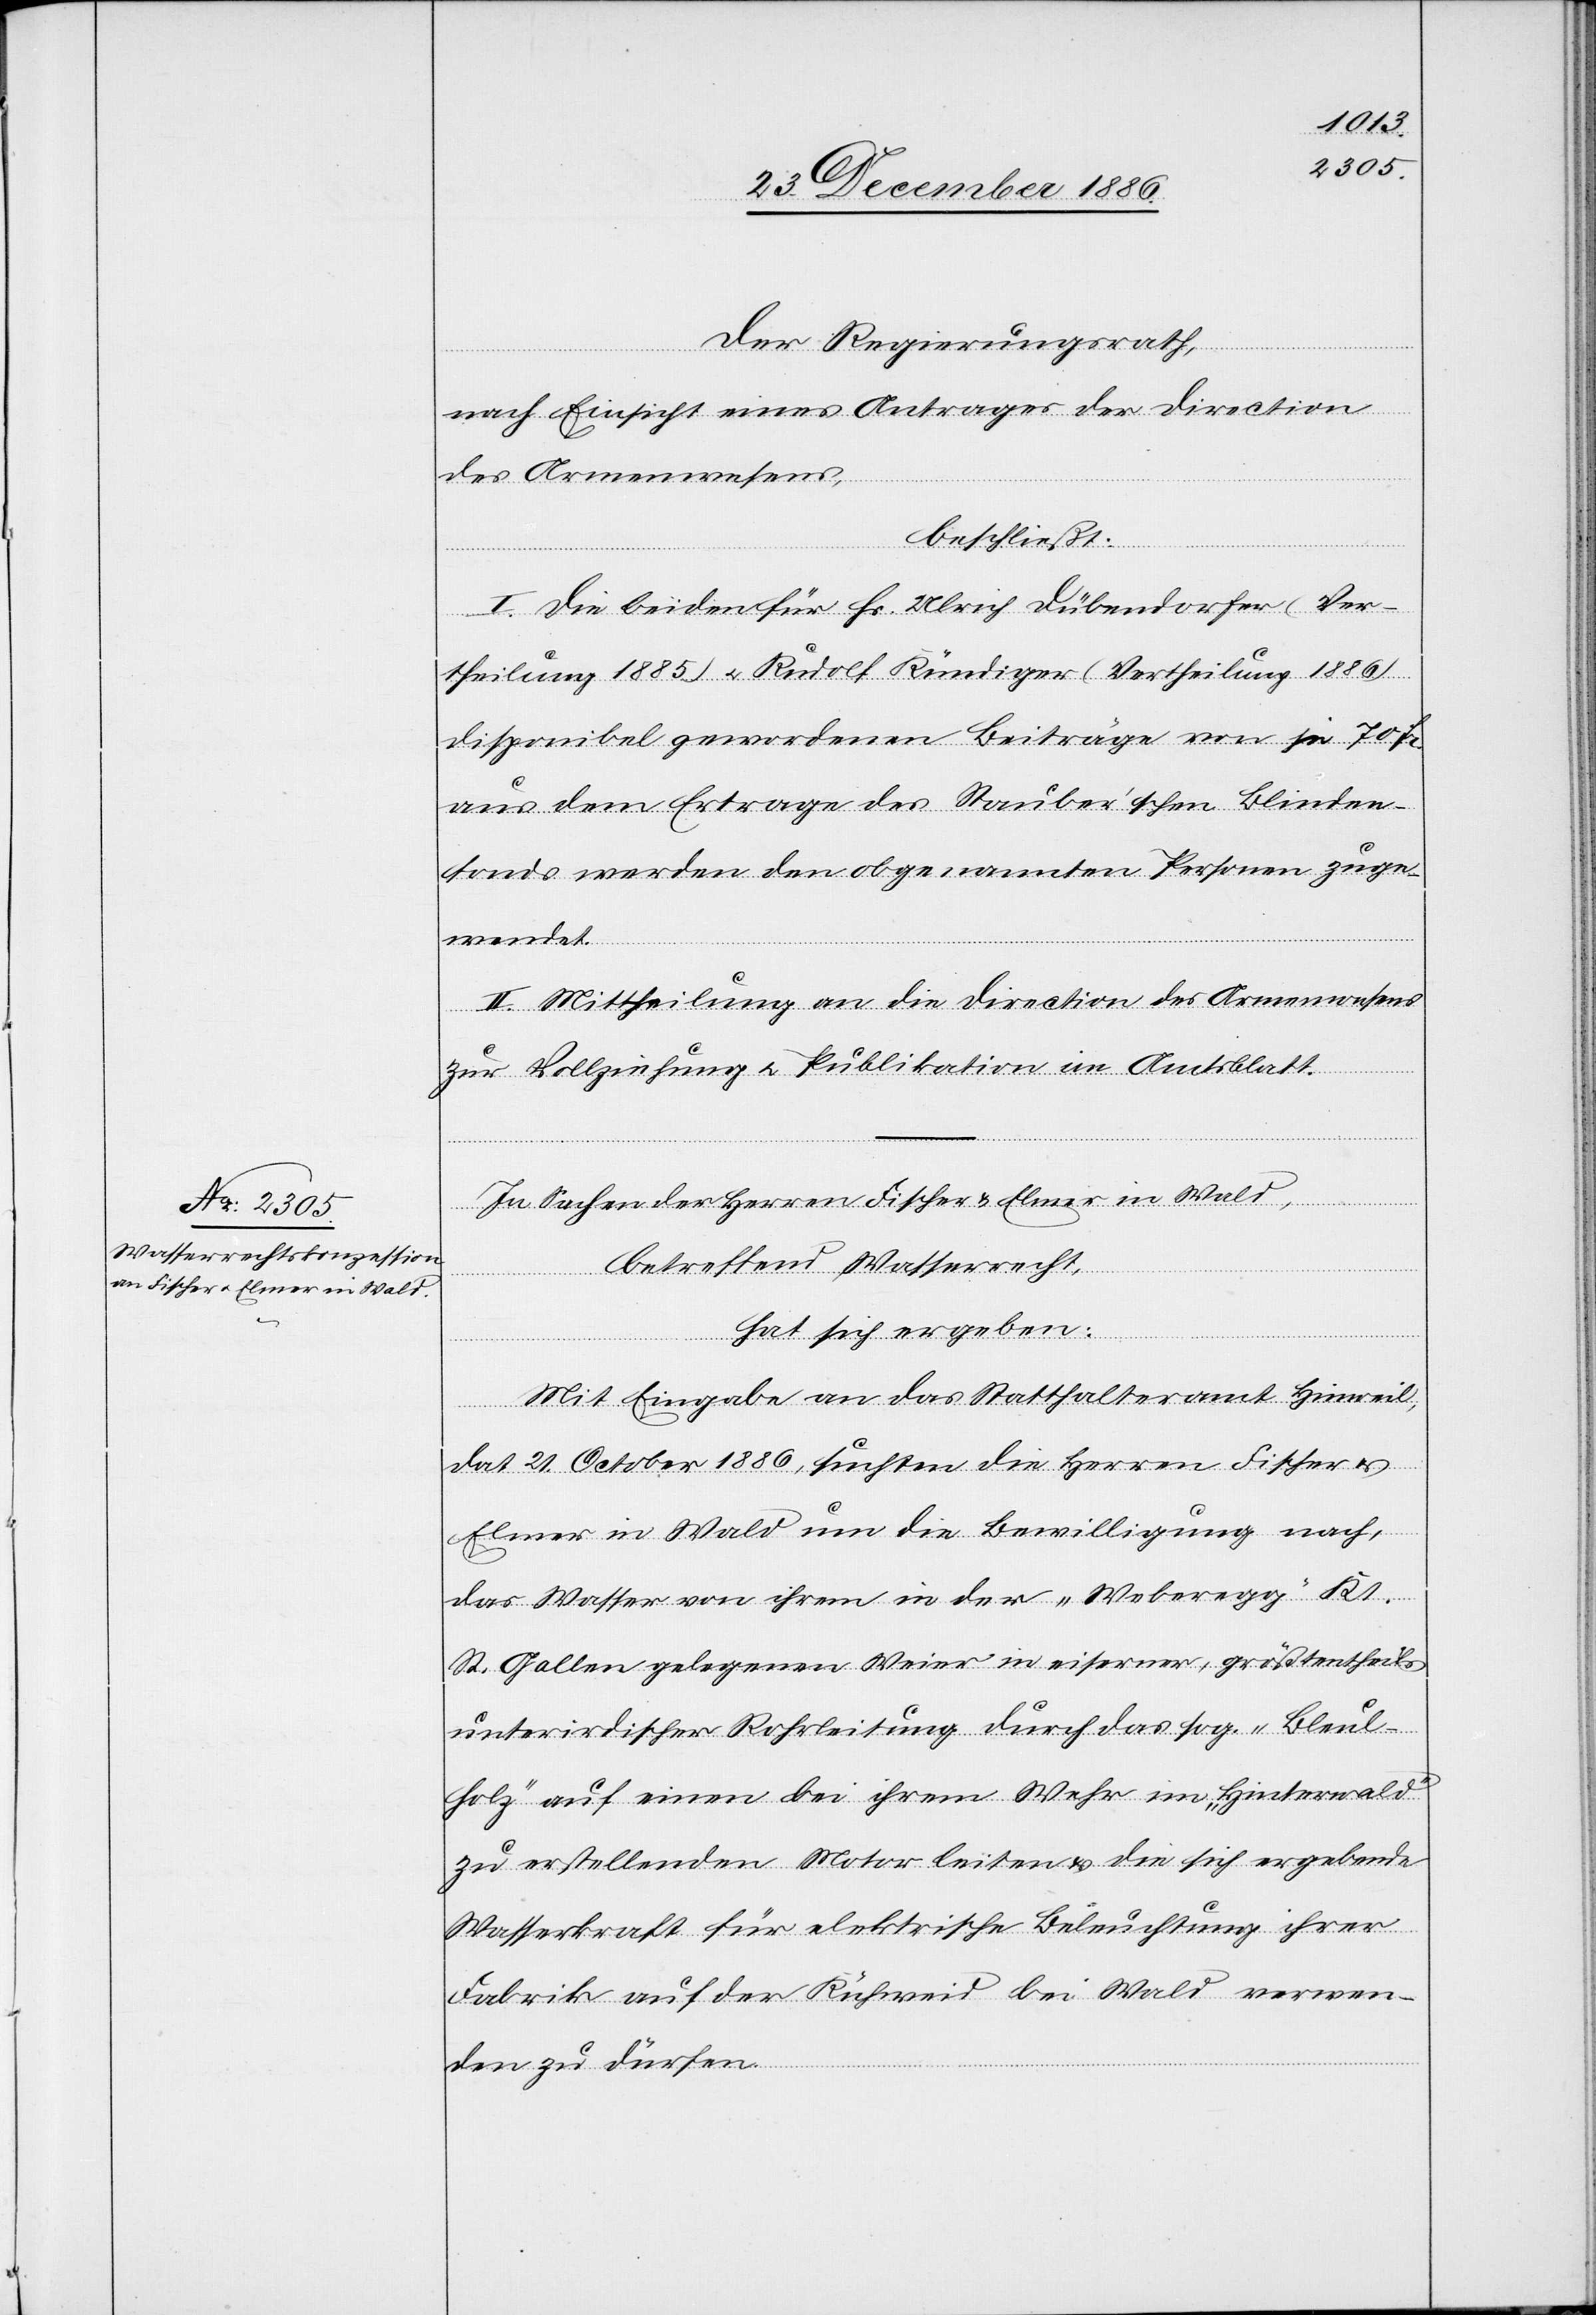
Der Regierungsrath,
nach Einsicht eines Antrages der Direction
des Armenwesens,
beschließt:
I. Die beiden für Hs. Ulrich Dübendorfer (Ver¬
theilung 1885) & Rudolf Kündiger (Vertheilung 1886)
disponibel gewordenen Beiträge von je 70
aus dem Ertrage des Stauber’schen Blinden¬
fonds werden den obgenannten Personen zuge¬
Fr.
wendet.
II. Mittheilung an die Direction des Armenwesens
zur Vollziehung & Publikation im Amtsblatt.
In Sachen der Herren Fischer & Elmer in Wald,
betreffend Wasserrecht,
hat sich ergeben:
Mit Eingabe an das Statthalteramt Hinweil,
dat. 21. October 1886, suchten die Herren Fischer &
Elmer in Wald um die Bewilligung nach,
das Wasser von ihrem in der „Weberegg“ Kt.
St. Gallen gelegenen Weier in eiserner, größtentheils
unterirdischer Rohrleitung durch das sog. „Bleul¬
holz“ auf einen bei ihrem Wehr im „Hinterwald“
zu erstellenden Motor leiten & die sich ergebende
Wasserkraft für elektrische Beleuchtung ihrer
Fabrik auf der Kühweid bei Wald verwen¬
den zu dürfen.